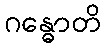
ဂန္ဓောတိ